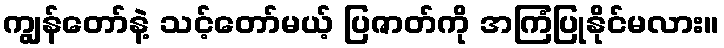
ကျွန်တော်နဲ့ သင့်တော်မယ့် ပြဇာတ်ကို အကြံပြုနိုင်မလား။